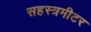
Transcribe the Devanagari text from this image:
सहस्त्रमीटर